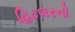
હિટલરનો